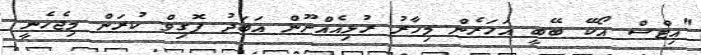
"އިޓްސް އޯކޭ ބޭބީ އަހަރެން މިހާރު ރުޅިއެއްނޫން އަބަދު ފޮގިވް ކުރަން މިޖެހެނީ